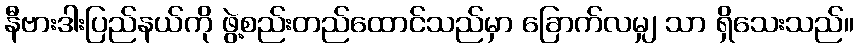
နီဗားဒါးပြည်နယ်ကို ဖွဲ့စည်းတည်ထောင်သည်မှာ ခြောက်လမျှ သာ ရှိသေးသည်။